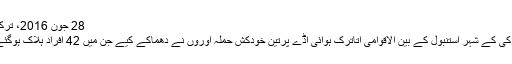
28 جون 2016، ترکی
ترکی کے شہر استنبول کے بین الاقوامی اتاترک ہوائی اڈے پرتین خودکش حملہ آوروں نے دھماکے کیے جن میں 42 افراد ہلاک ہوگئے۔